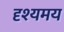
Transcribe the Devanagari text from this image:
दृश्यमय